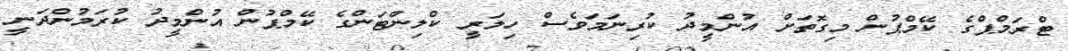
ޓްރަމްޕްގެ ކޭމްޕުން މިގޮތަށް އުންމީދު ކުރިނަމަވެސް ހިލަރީ ކްލިންޓަންގެ ކޭމްޕުން އުންމީދު ކުރަމުންދަނީ